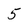
Character: 5